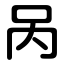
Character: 呙